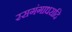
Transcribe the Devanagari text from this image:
रसगंगाधरादि